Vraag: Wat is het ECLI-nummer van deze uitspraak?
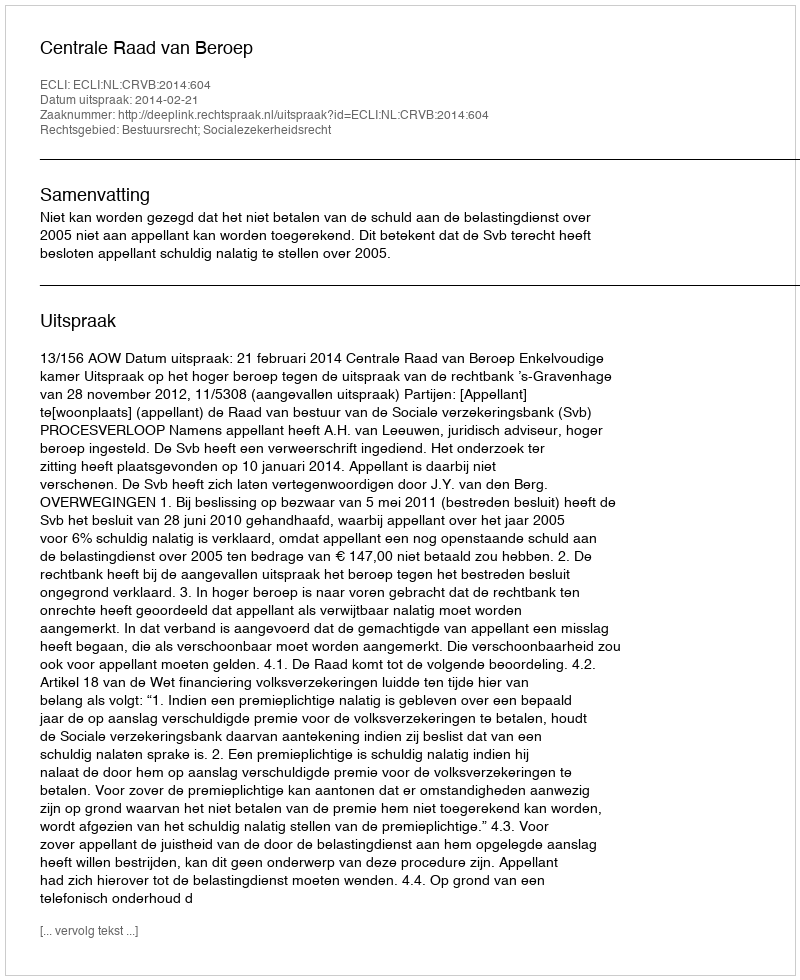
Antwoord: ECLI:NL:CRVB:2014:604